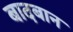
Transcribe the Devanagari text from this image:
बादबान